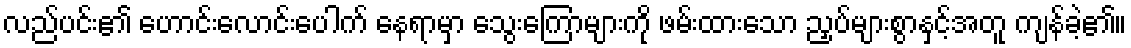
လည်ပင်း၏ ဟောင်းလောင်းပေါက် နေရာမှာ သွေးကြောများကို ဖမ်းထားသော ညှပ်များစွာနှင့်အတူ ကျန်ခဲ့၏။